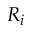
R _ { i }